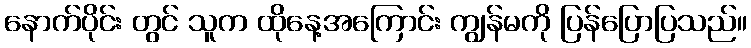
နောက်ပိုင်း တွင် သူက ထိုနေ့အကြောင်း ကျွန်မကို ပြန်ပြောပြသည်။